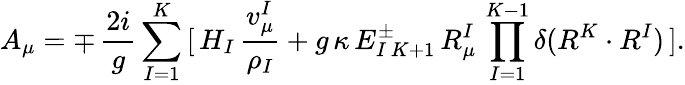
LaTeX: A_{\mu}=\mp\, {\frac{2i}{g}}\sum_{I=1}^{K}\, [\, H_{I}\, {\frac{v_{\mu}^{I}}{\rho_{I}}}+g\, \kappa\, E_{I\, K+1}^{\pm}\, R_{\mu}^{I}\, \prod_{I=1}^{K-1}\delta(R^{K}\cdot R^{I})\, ].